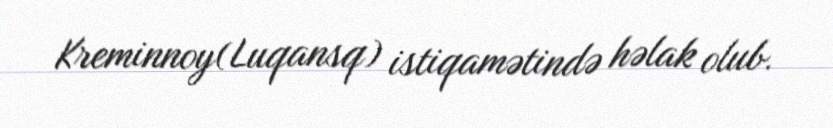
Kreminnoy(Luqansq) istiqamətində həlak olub.